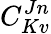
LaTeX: C_{Kv}^{Jn}